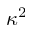
\kappa ^ { 2 }